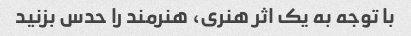
با توجه به یک اثر هنری، هنرمند را حدس بزنید